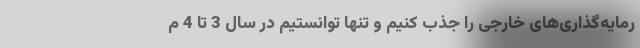
رمایه‌گذاری‌های خارجی را جذب کنیم و تنها توانستیم در سال 3 تا 4 م